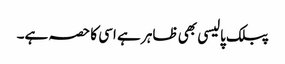
پبلک پالیسی بھی ظاہر ہے اسی کا حصہ ہے۔